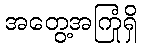
အတွေ့အကြုံရှိ